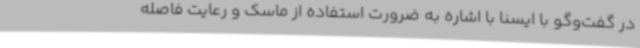
در گفت‌وگو با ایسنا با اشاره به ضرورت استفاده از ماسک و رعایت فاصله